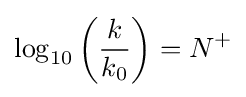
\log _{10}\left({\frac {k}{k_{0}}}\right)=N^{+}